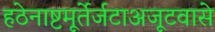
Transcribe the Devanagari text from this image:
हठेनाष्टमूर्तेर्जटाअजूटवासे